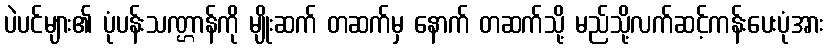
ပဲပင်များ၏ ပုံပန်းသဏ္ဌာန်ကို မျိုးဆက် တဆက်မှ နောက် တဆက်သို့ မည်သို့လက်ဆင့်ကန်းပေးပုံအား